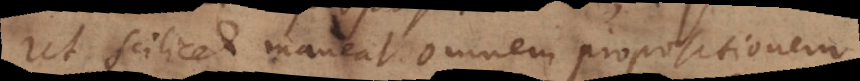
Ut scilicet maneat omnem propositionem